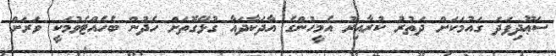
ސަޢޫދިފަދަ ގައުމަކަށް ދަތުރު ކުރާއިރު އެމީހުންގެ އާދަކާދައާ ގުޅޭގޮތަށް ހެދުން ބެހެއްޓެވުމަކީ ވަރަށް